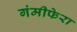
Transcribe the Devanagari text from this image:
गंमीफेरा